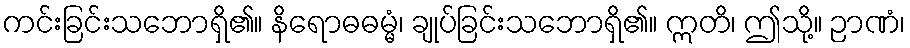
ကင်းခြင်းသဘောရှိ၏။ နိရောဓဓမ္မံ၊ ချုပ်ခြင်းသဘောရှိ၏။ ဣတိ၊ ဤသို့။ ဉာဏံ၊